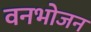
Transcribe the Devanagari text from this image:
वनभोजन